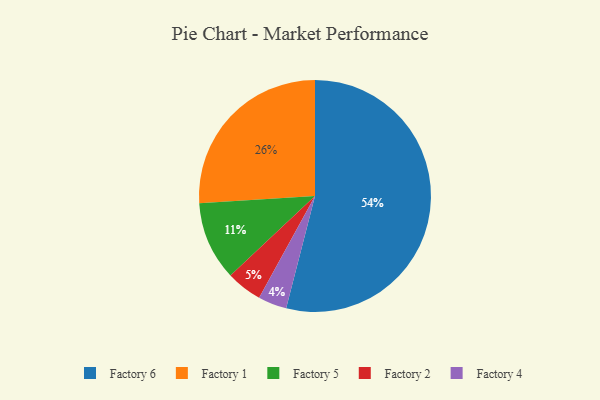
{"axis": {"x": "Category", "y": "Percentage"}, "legend": ["Factory 1", "Factory 2", "Factory 4", "Factory 5", "Factory 6"], "data": [{"x": "Factory 4", "y": 4, "type": "Factory 4"}, {"x": "Factory 2", "y": 5, "type": "Factory 2"}, {"x": "Factory 1", "y": 26, "type": "Factory 1"}, {"x": "Factory 6", "y": 54, "type": "Factory 6"}, {"x": "Factory 5", "y": 11, "type": "Factory 5"}]}